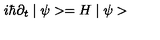
i \hbar \partial _ { t } \mid \psi > = H \mid \psi >